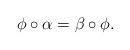
LaTeX: \begin{align*}\phi\circ\alpha=\beta\circ\phi.\qquad\qquad\qquad\qquad\end{align*}